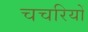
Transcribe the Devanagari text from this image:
चचरियों